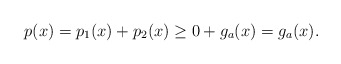
\begin{align*} p(x) = p_1(x) + p_2(x)\geq 0 + g_a(x) = g_a(x). \end{align*}